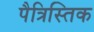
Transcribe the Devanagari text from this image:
पैत्रिस्तिक